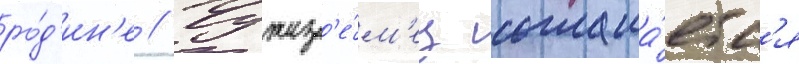
ро́д'ин'е // Чужез'е́м'ец соглаша́етс'я